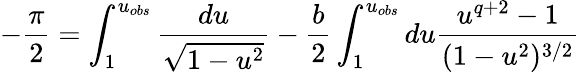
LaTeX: -\frac{\pi}{2}=\int_{1}^{u_{obs}}\frac{du}{\sqrt{1-u^{2}}}-\frac{b}{2}\int_{1}^{u_{obs}}du\frac{u^{q+2}-1}{(1-u^{2})^{3/2}}